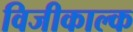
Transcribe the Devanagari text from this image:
विजीकाल्क